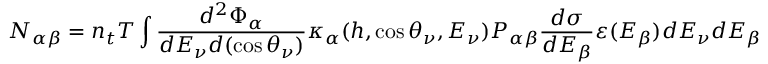
N _ { \alpha \beta } = n _ { t } T \int \frac { d ^ { 2 } \Phi _ { \alpha } } { d E _ { \nu } d ( \cos \theta _ { \nu } ) } \kappa _ { \alpha } ( h , \cos \theta _ { \nu } , E _ { \nu } ) P _ { \alpha \beta } \frac { d \sigma } { d E _ { \beta } } \varepsilon ( E _ { \beta } ) d E _ { \nu } d E _ { \beta } d ( \cos \theta _ { \nu } ) d h \; .